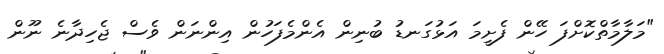
"މަލާމާތްކޮށްފަ ހޭން ފެށީމަ އަޅުގަނޑު ބުނިން އެންމެފަހުން އިންނަން ވެސް ޖެހިދާނެ ނޫން